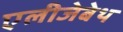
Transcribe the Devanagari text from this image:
एलीजेबेथ